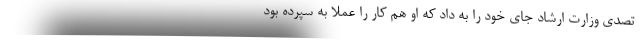
تصدی وزارت ارشاد جای خود را به داد که او هم کار را عملا به سپرده بود